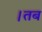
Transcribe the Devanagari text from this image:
।तब